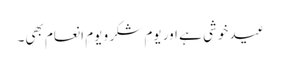
عید خوشی ہے اور یومِ شکر و یومِ انعام بھی۔